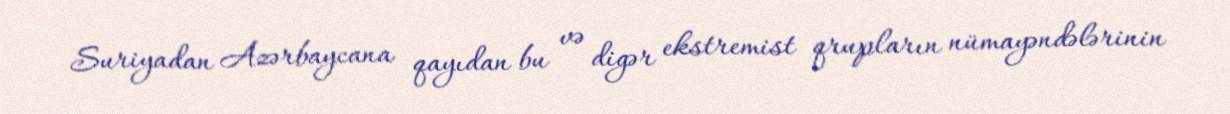
Suriyadan Azərbaycana qayıdan bu və digər ekstremist qrupların nümayəndələrinin